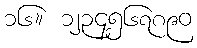
၁၆။ ၁၂၃၄၅၆၇၈၉၀